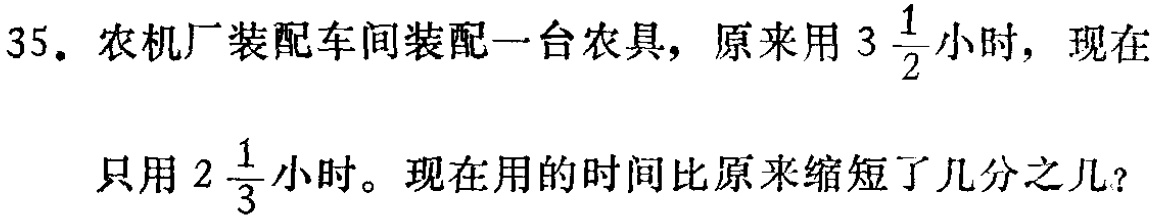
35. 农机厂装配车间装配一台农具，原来用\(3\frac{1}{2}\)小时，现在只用\(2\frac{1}{3}\)小时。现在用的时间比原来缩短了几分之几？